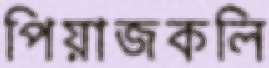
পিয়াজকলি